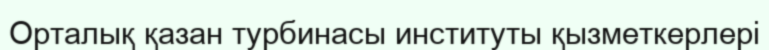
Орталық қазан турбинасы институты қызметкерлері